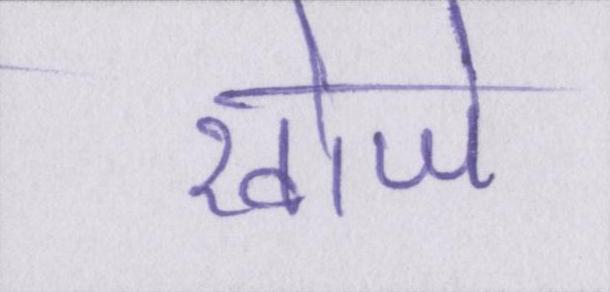
खोजे